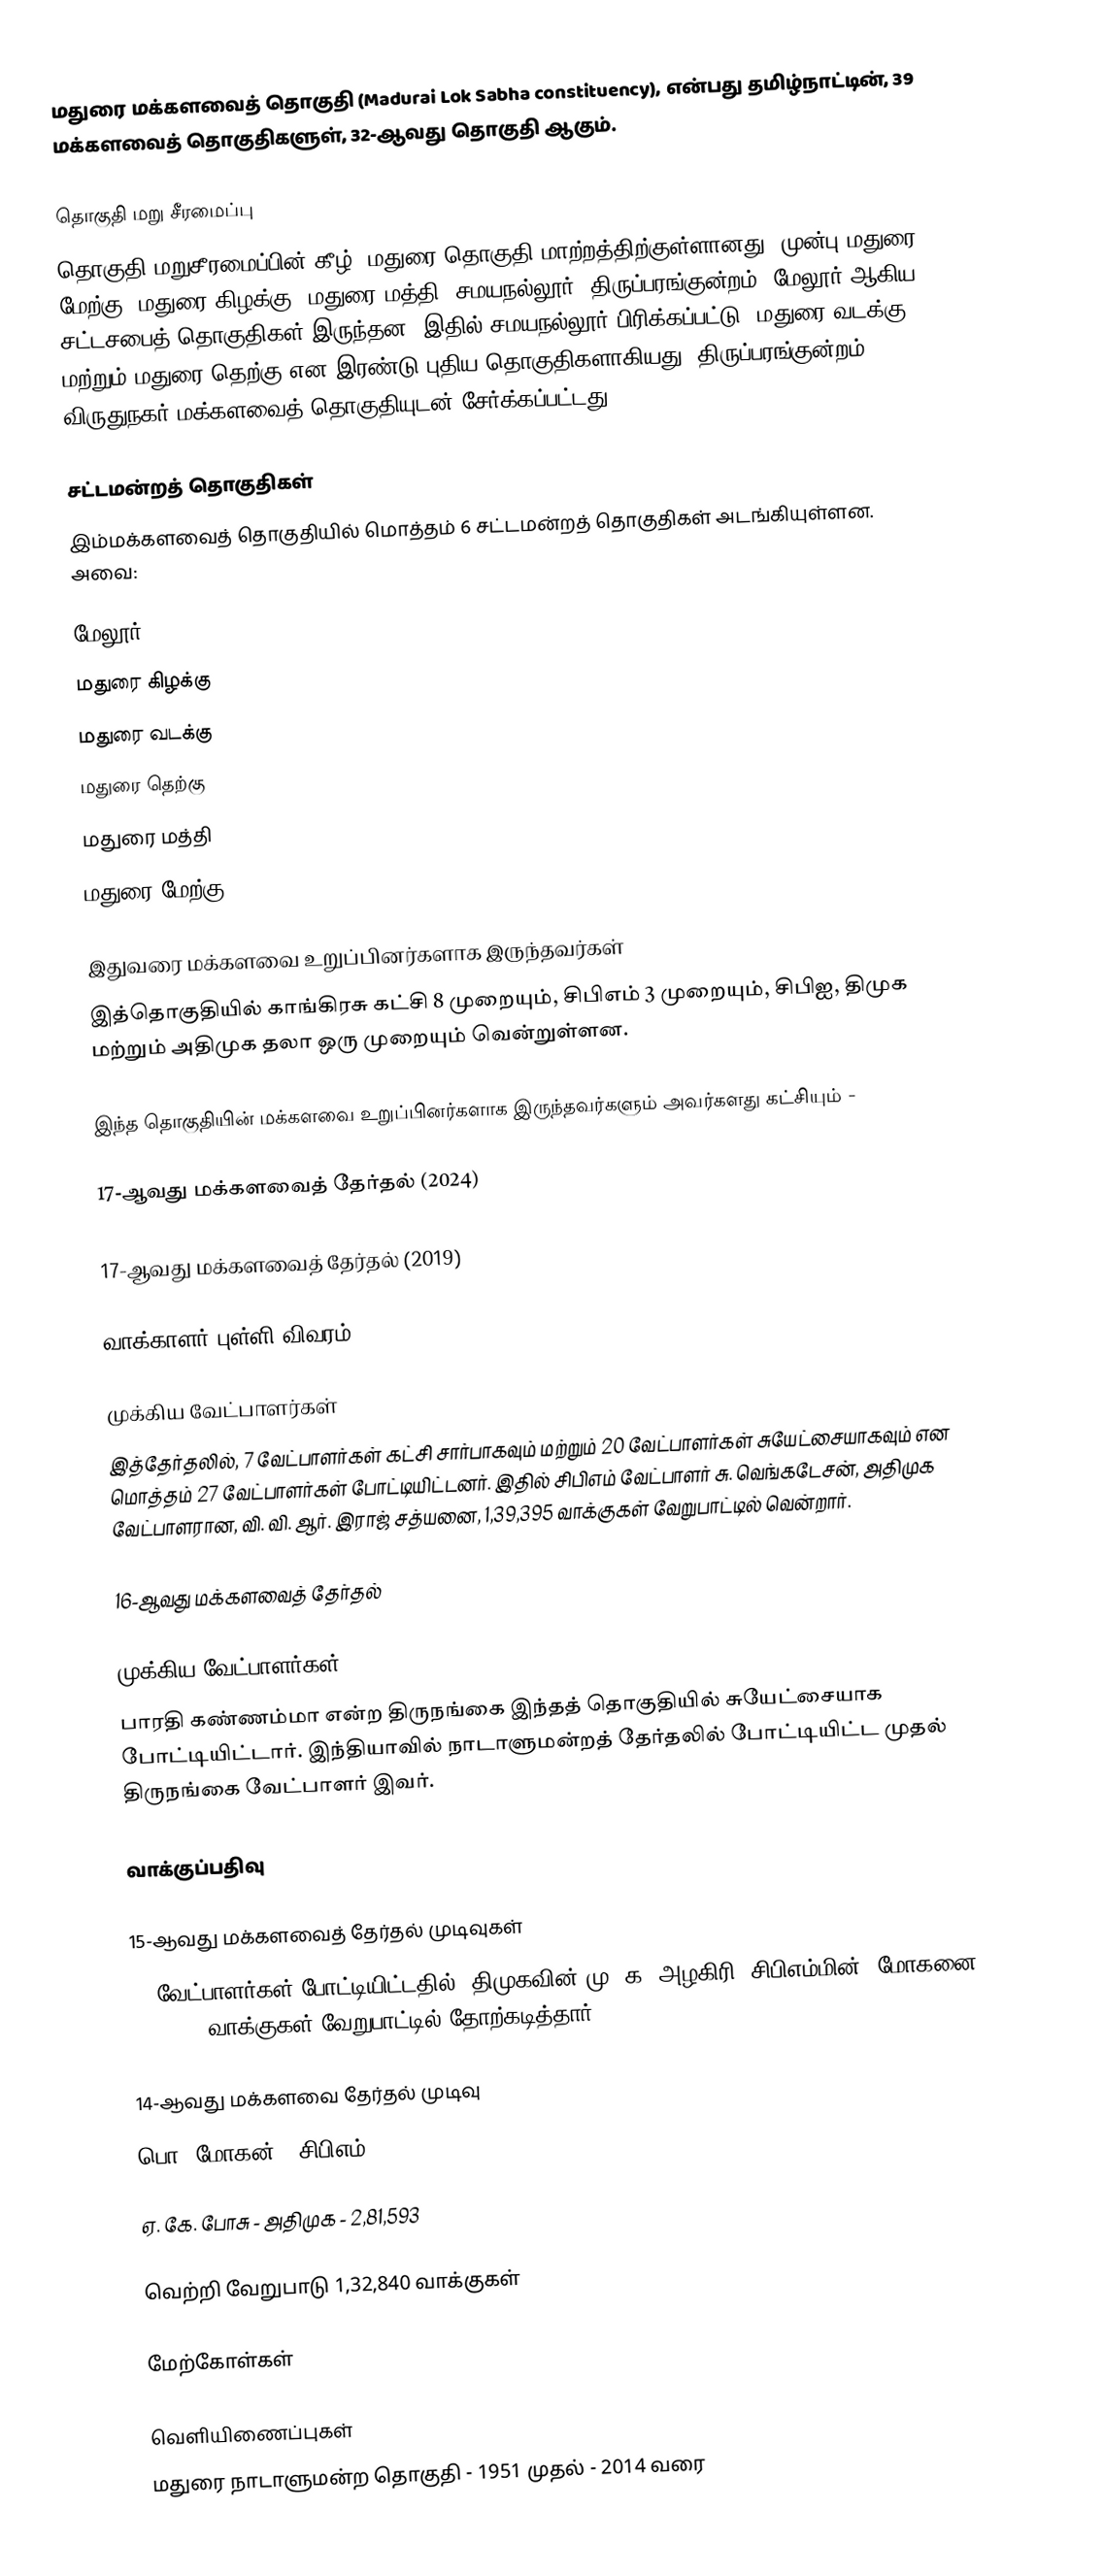
மதுரை மக்களவைத் தொகுதி (Madurai Lok Sabha constituency),  என்பது தமிழ்நாட்டின், 39 மக்களவைத் தொகுதிகளுள், 32-ஆவது தொகுதி ஆகும்.

தொகுதி மறு சீரமைப்பு
தொகுதி மறுசீரமைப்பின் கீழ், மதுரை தொகுதி மாற்றத்திற்குள்ளானது. முன்பு மதுரை மேற்கு, மதுரை கிழக்கு, மதுரை மத்தி, சமயநல்லூர், திருப்பரங்குன்றம், மேலூர் ஆகிய சட்டசபைத் தொகுதிகள் இருந்தன. இதில் சமயநல்லூர் பிரிக்கப்பட்டு, மதுரை வடக்கு மற்றும் மதுரை தெற்கு என இரண்டு புதிய தொகுதிகளாகியது. திருப்பரங்குன்றம், விருதுநகர் மக்களவைத் தொகுதியுடன் சேர்க்கப்பட்டது.

சட்டமன்றத் தொகுதிகள்
இம்மக்களவைத் தொகுதியில் மொத்தம் 6 சட்டமன்றத் தொகுதிகள் அடங்கியுள்ளன. அவை:

 மேலூர்
 மதுரை கிழக்கு
 மதுரை வடக்கு
 மதுரை தெற்கு
 மதுரை மத்தி
 மதுரை மேற்கு

இதுவரை மக்களவை உறுப்பினர்களாக இருந்தவர்கள்
இத்தொகுதியில் காங்கிரசு கட்சி 8 முறையும், சிபிஎம் 3 முறையும், சிபிஐ, திமுக மற்றும் அதிமுக தலா ஒரு முறையும்  வென்றுள்ளன.

இந்த தொகுதியின் மக்களவை உறுப்பினர்களாக இருந்தவர்களும் அவர்களது கட்சியும் -

17-ஆவது மக்களவைத் தேர்தல் (2024)

17-ஆவது மக்களவைத் தேர்தல் (2019)

வாக்காளர் புள்ளி விவரம்

முக்கிய வேட்பாளர்கள்
இத்தேர்தலில், 7 வேட்பாளர்கள் கட்சி சார்பாகவும் மற்றும் 20 வேட்பாளர்கள் சுயேட்சையாகவும் என மொத்தம் 27 வேட்பாளர்கள் போட்டியிட்டனர். இதில் சிபிஎம் வேட்பாளர் சு. வெங்கடேசன், அதிமுக வேட்பாளரான, வி. வி. ஆர். இராஜ் சத்யனை, 1,39,395 வாக்குகள் வேறுபாட்டில் வென்றார்.

16-ஆவது மக்களவைத் தேர்தல்

முக்கிய வேட்பாளர்கள்
பாரதி கண்ணம்மா என்ற திருநங்கை இந்தத் தொகுதியில் சுயேட்சையாக போட்டியிட்டார். இந்தியாவில் நாடாளுமன்றத் தேர்தலில் போட்டியிட்ட முதல் திருநங்கை வேட்பாளர் இவர்.

வாக்குப்பதிவு

15-ஆவது மக்களவைத் தேர்தல் முடிவுகள்
12 வேட்பாளர்கள் போட்டியிட்டதில், திமுகவின் மு. க. அழகிரி, சிபிஎம்மின், மோகனை, 1,40,985 வாக்குகள் வேறுபாட்டில் தோற்கடித்தார்.

14-ஆவது மக்களவை தேர்தல் முடிவு
பொ. மோகன் - சிபிஎம் - 4,14,433

ஏ. கே. போசு - அதிமுக - 2,81,593

வெற்றி வேறுபாடு 1,32,840 வாக்குகள்

மேற்கோள்கள்

வெளியிணைப்புகள்
மதுரை நாடாளுமன்ற தொகுதி - 1951 முதல் - 2014 வரை